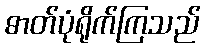
ဓာတ်ပုံရိုက်ကြသည်